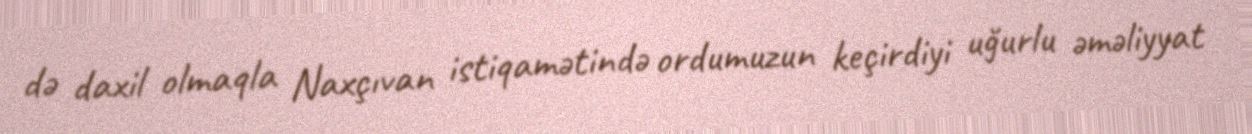
də daxil olmaqla Naxçıvan istiqamətində ordumuzun keçirdiyi uğurlu əməliyyat